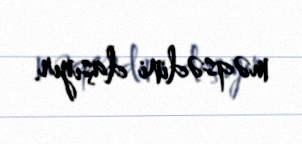
məqsədini daşıyır.